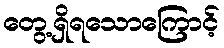
တွေ့ရှိရသောကြောင့်